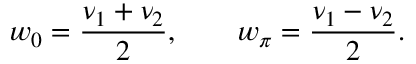
w _ { 0 } = \frac { \nu _ { 1 } + \nu _ { 2 } } { 2 } , \qquad w _ { \pi } = \frac { \nu _ { 1 } - \nu _ { 2 } } { 2 } .